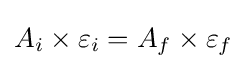
A_{i}\times \varepsilon _{i}=A_{f}\times \varepsilon _{f}